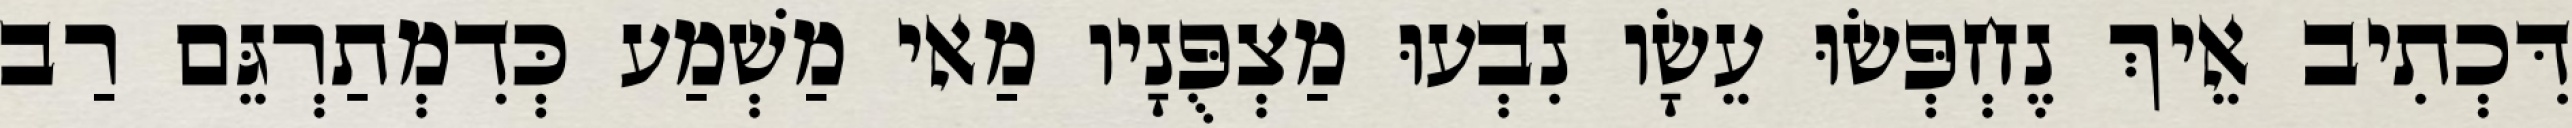
דִּכְתִיב אֵיךְ נֶחְפְּשׂוּ עֵשָׂו נִבְעוּ מַצְפֻּנָיו מַאי מַשְׁמַע כְּדִמְתַרְגֵּם רַב